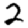
Digit: 2